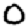
Digit: 0